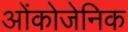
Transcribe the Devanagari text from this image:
ओंकोजेनिक